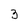
Character: 3